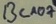
Text: BC107